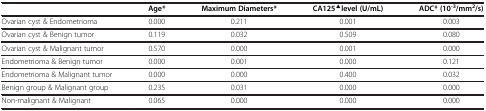
<table><thead><tr><td><b> </b></td><td><b>Age*</b></td><td><b>Maximum Diameters*</b></td><td><b>CA125<sup>▲</sup>level (U/mL)</b></td><td><b>ADC* (10<sup>-3</sup>/mm<sup>2</sup>/s)</b></td></tr></thead><tbody><tr><td>Ovarian cyst &amp; Endometrioma</td><td>0.000</td><td>0.211</td><td>0.001</td><td>0.003</td></tr><tr><td>Ovarian cyst &amp; Benign tumor</td><td>0.119</td><td>0.032</td><td>0.509</td><td>0.080</td></tr><tr><td>Ovarian cyst &amp; Malignant tumor</td><td>0.570</td><td>0.000</td><td>0.001</td><td>0.000</td></tr><tr><td>Endometrioma &amp; Benign tumor</td><td>0.000</td><td>0.001</td><td>0.000</td><td>0.121</td></tr><tr><td>Endometrioma &amp; Malignant tumor</td><td>0.000</td><td>0.000</td><td>0.400</td><td>0.032</td></tr><tr><td>Benign group &amp; Malignant group</td><td>0.235</td><td>0.031</td><td>0.000</td><td>0.000</td></tr><tr><td>Non-malignant &amp; Malignant</td><td>0.065</td><td>0.000</td><td>0.000</td><td>0.000</td></tr></tbody></table>